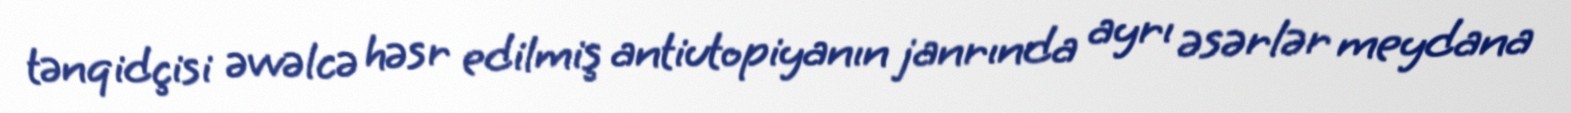
tənqidçisi əvvəlcə həsr edilmiş antiutopiyanın janrında ayrı əsərlər meydana